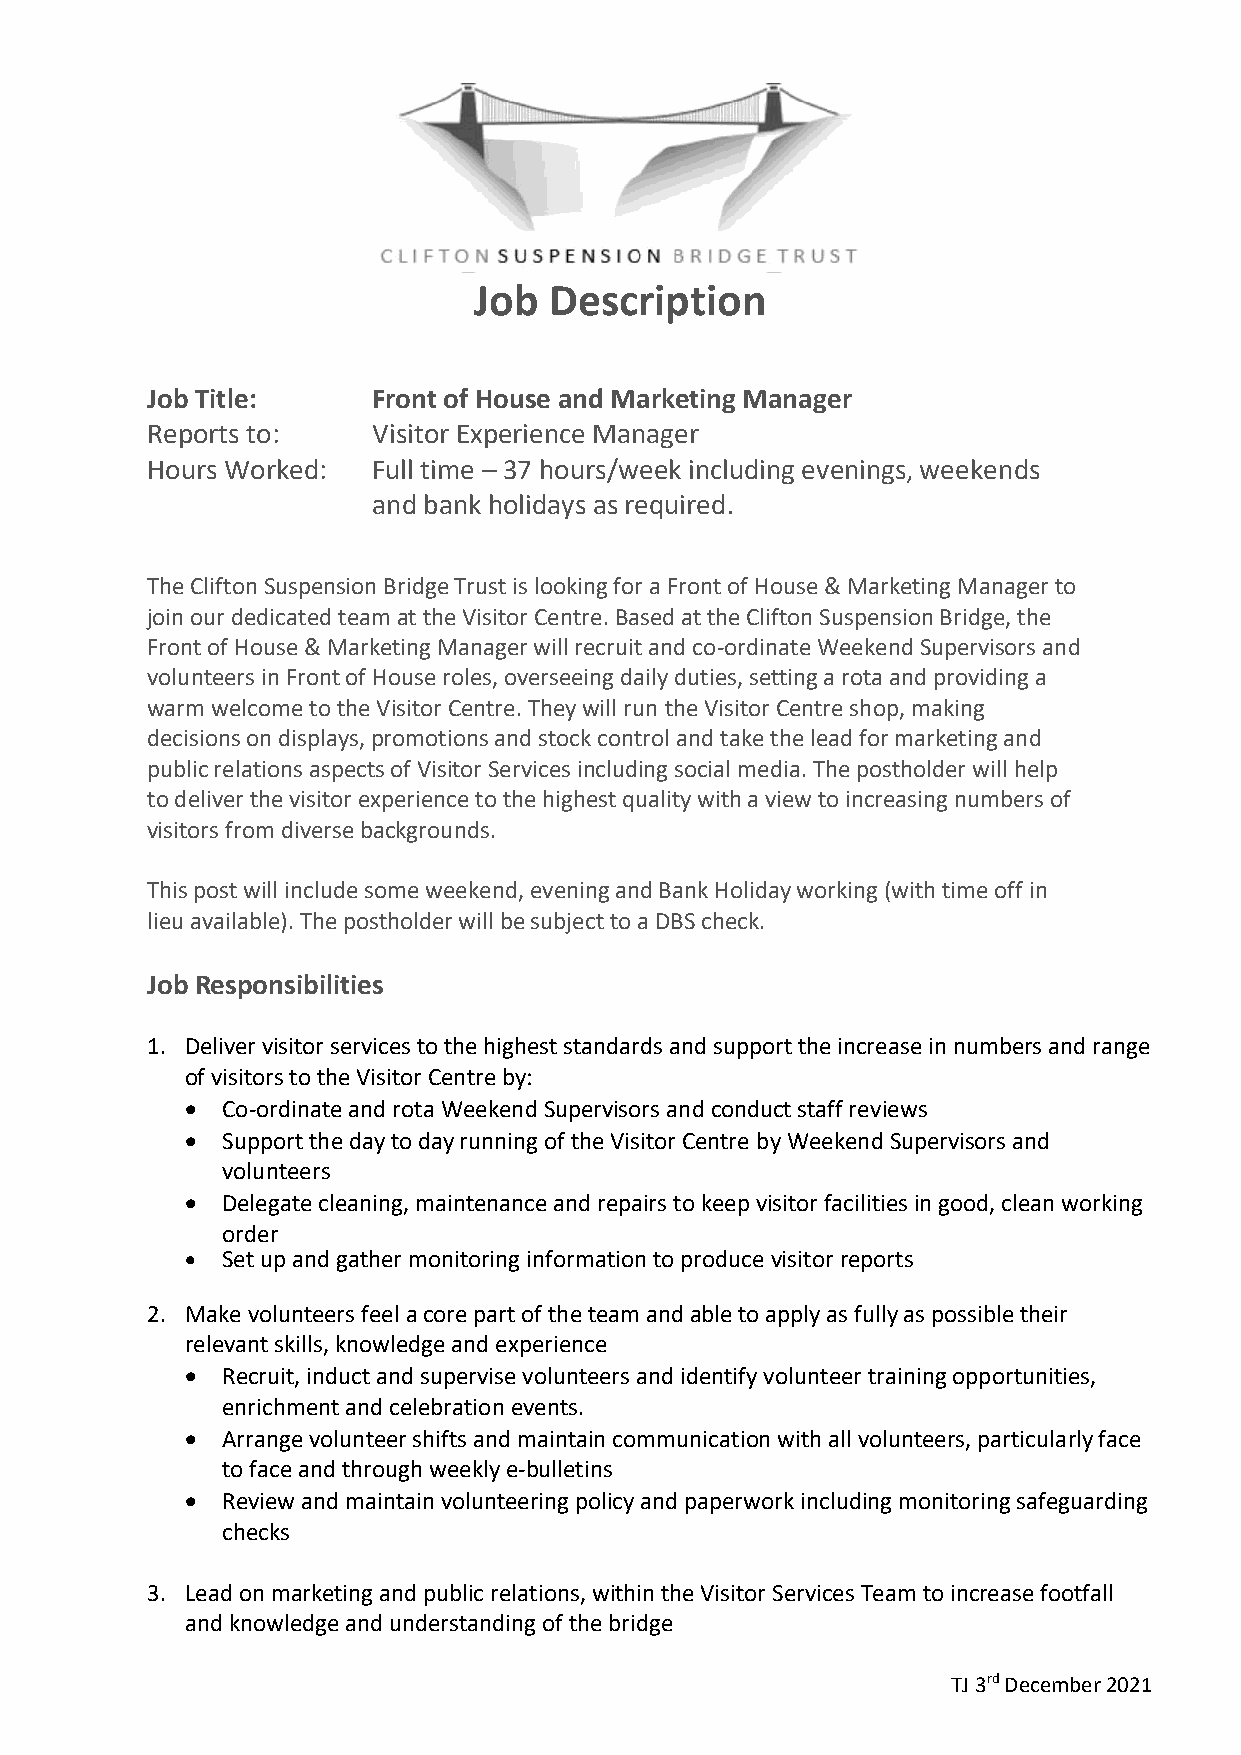
Job  Description
 Job Title:     Front of House and Marketing Manager
 Reports to:    Visitor Experience Manager
 Hours Worked:  Full time – 37 hours/week including evenings, weekends
 and bank holidays as required.
 The Clifton Suspension Bridge Trust is looking for a Front of House & Marketing Manager to
 join our dedicated team at the Visitor Centre. Based at the Clifton Suspension Bridge, the
 Front of House & Marketing Manager will recruit and co-ordinate Weekend Supervisors and
 volunteers in Front of House roles, overseeing daily duties, setting a rota and providing a
 warm welcome to the Visitor Centre. They will run the Visitor Centre shop, making
 decisions on displays, promotions and stock control and take the lead for marketing and
 public relations aspects of Visitor Services including social media. The postholder will help
 to deliver the visitor experience to the highest quality with a view to increasing numbers of
 visitors from diverse backgrounds.
 This post will include some weekend, evening and Bank Holiday working (with time off in
 lieu available). The postholder will be subject to a DBS check.
 Job Responsibilities
 1. Deliver visitor services to the highest standards and support the increase in numbers and range
 of visitors to the Visitor Centre by:
   Co-ordinate and rota Weekend Supervisors and conduct staff reviews
   Support the day to day running of the Visitor Centre by Weekend Supervisors and
 volunteers
   Delegate cleaning, maintenance and repairs to keep visitor facilities in good, clean working
 order
   Set up and gather monitoring information to produce visitor reports
 2. Make volunteers feel a core part of the team and able to apply as fully as possible their
 relevant skills, knowledge and experience
   Recruit, induct and supervise volunteers and identify volunteer training opportunities,
 enrichment and celebration events.
   Arrange volunteer shifts and maintain communication with all volunteers, particularly face
 to face and through weekly e-bulletins
   Review and maintain volunteering policy and paperwork including monitoring safeguarding
 checks
 3. Lead on marketing and public relations, within the Visitor Services Team to increase footfall
 and knowledge and understanding of the bridge
 TJ 3rd December 2021